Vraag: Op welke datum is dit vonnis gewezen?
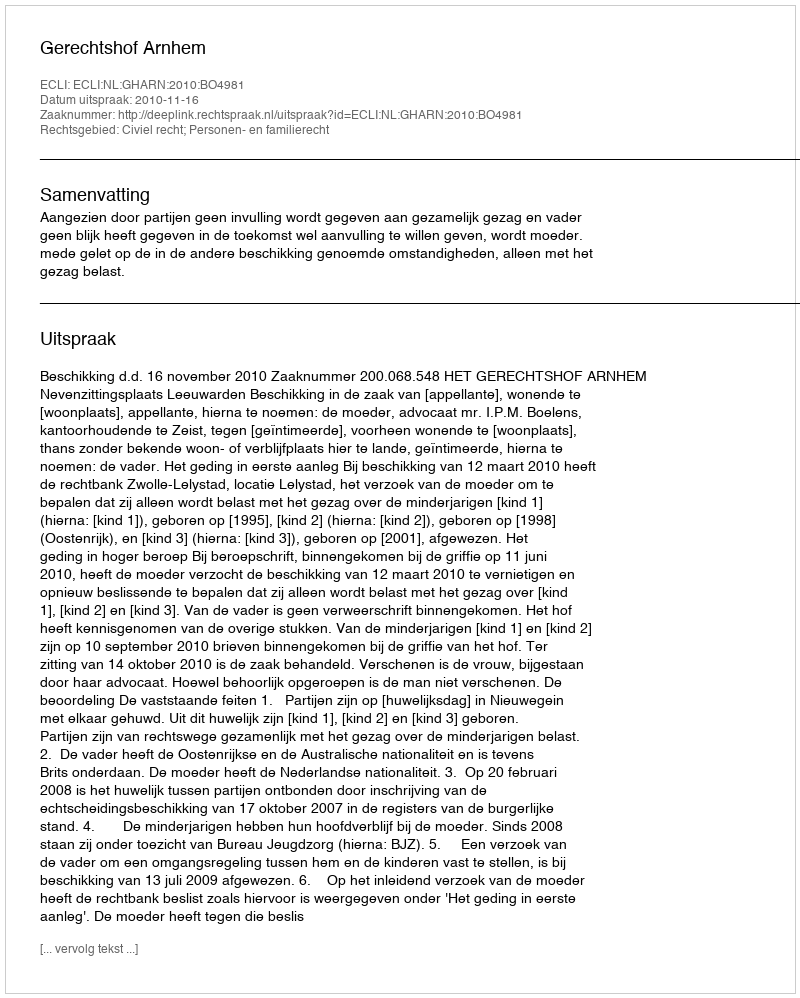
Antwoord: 2010-11-16